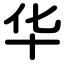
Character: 华